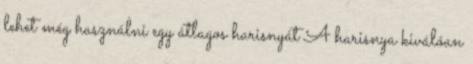
lehet még használni egy átlagos harisnyát A harisnya kiválóan